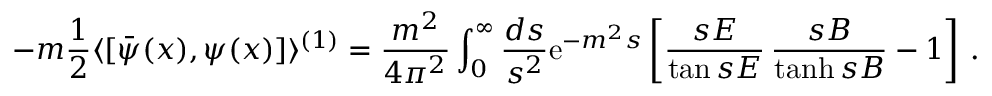
- m \frac 1 2 \langle [ \bar { \psi } ( x ) , \psi ( x ) ] \rangle ^ { ( 1 ) } = \frac { m ^ { 2 } } { 4 \pi ^ { 2 } } \int _ { 0 } ^ { \infty } \frac { d s } { s ^ { 2 } } \mathrm { e } ^ { - m ^ { 2 } s } \left[ \frac { s E } { \tan s E } \, \frac { s B } { \operatorname { t a n h } s B } - 1 \right] \, .